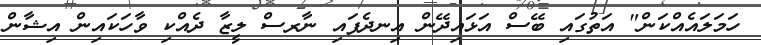
ހަމަލައެއްކަން" އަތުގައި ބޭސް އަޅައިދޭން އިނދެފައި ނާރސް ލީޒާ ދެއްކި ވާހަކައިން އިޝާން